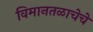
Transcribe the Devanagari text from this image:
विमानतळाचेचे